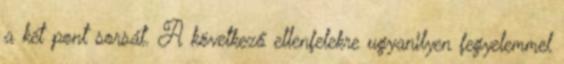
a két pont sorsát. A következő ellenfelekre ugyanilyen fegyelemmel